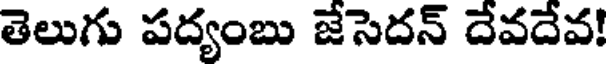
తెలుగు పద్యంబు జేసెదన్ దేవదేవ!